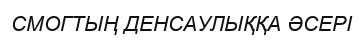
СМОГТЫҢ ДЕНСАУЛЫҚҚА ӘСЕРІ